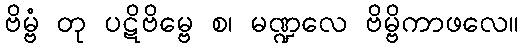
ဗိမ္ဗံ တု ပဋိဗိမ္ဗေ စ၊ မဏ္ဍလေ ဗိမ္ဗိကာဖလေ။